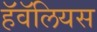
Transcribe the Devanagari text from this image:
हॅवॅलियस